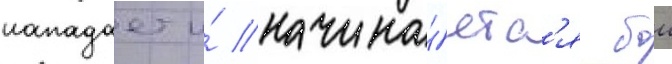
нападает и́ начина́етс'я бои